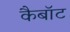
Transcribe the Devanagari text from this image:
कैबॉट